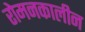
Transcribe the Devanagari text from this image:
रोमनकालीन